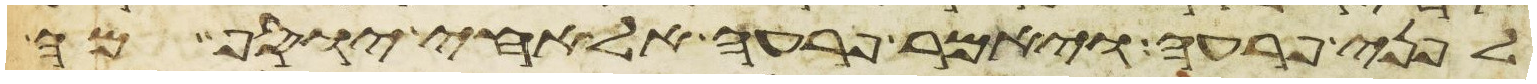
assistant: לפני פרעה ויאמר פרעה אל אחי יוסף מה